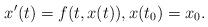
LaTeX: \begin{align*}x'(t)=f(t,x(t)), x(t_0)=x_0.\end{align*}